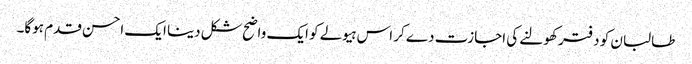
طالبان کو دفتر کھولنے کی اجازت دے کر اس ہیولے کو ایک واضح شکل دینا ایک احسن قدم ہوگا۔